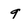
Character: 9